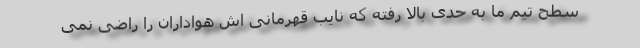
سطح تیم ما به حدی بالا رفته که نایب قهرمانی اش هواداران را راضی نمی